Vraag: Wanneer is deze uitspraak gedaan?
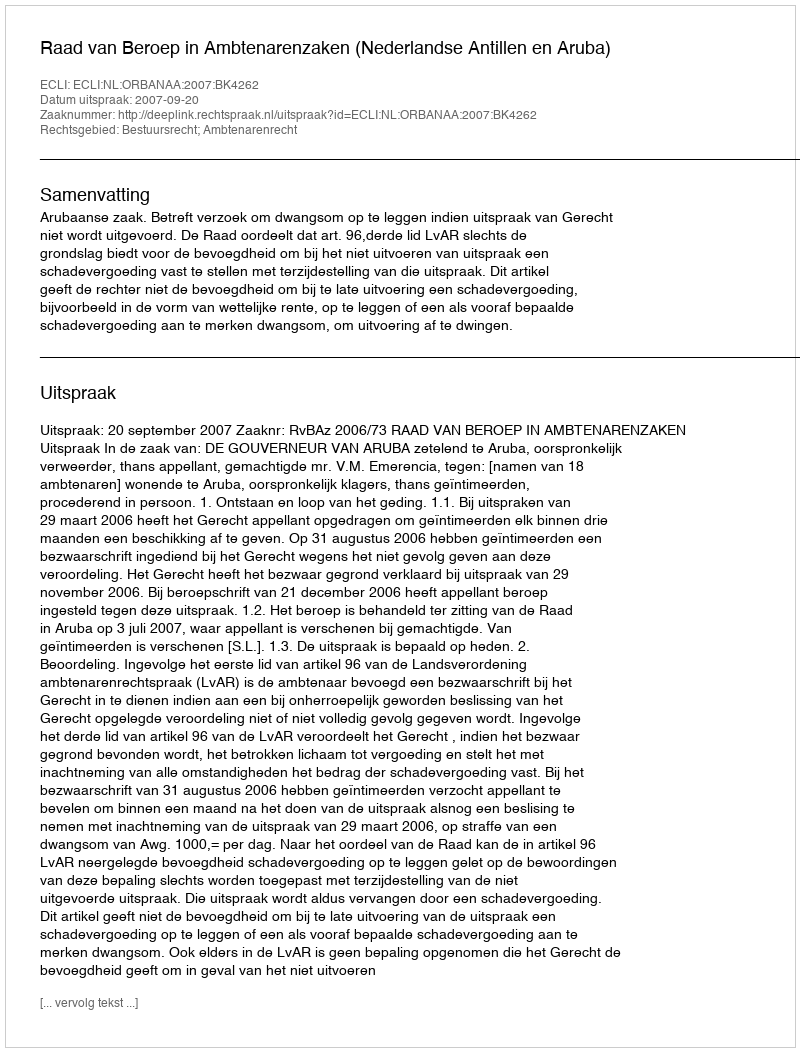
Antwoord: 2007-09-20